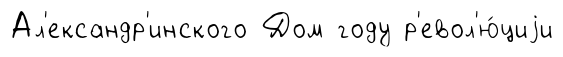
Ал'ександр'инского Дом году р'евол'ю́циjи